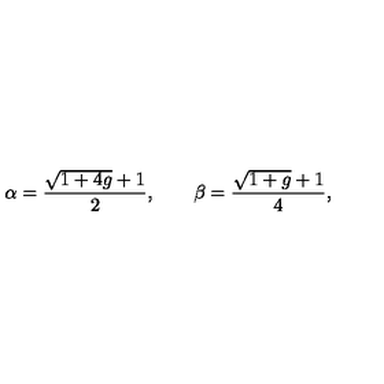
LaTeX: \alpha = \frac { \sqrt { 1 + 4 g } + 1 } { 2 } , \qquad \beta = \frac { \sqrt { 1 + g } + 1 } { 4 } ,